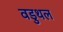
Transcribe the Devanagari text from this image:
वडुथल